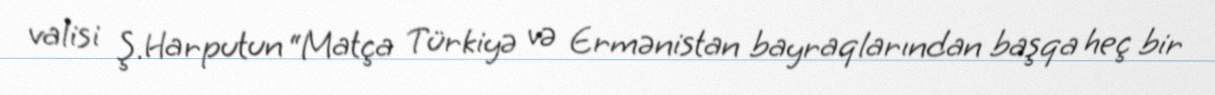
valisi Ş.Harputun “Matça Türkiyə və Ermənistan bayraqlarından başqa heç bir